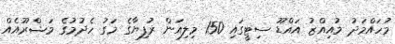
މުހައްމަދު މުއިއްޒު އައްޑޫ ސިޓީގައި 150 މިލިއަން ރުފިޔާގެ މަގު ހެދުމުގެ މަޝްރޫއެއް